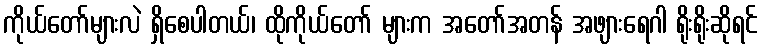
ကိုယ်တော်များလဲ ရှိစေပါတယ်၊ ထိုကိုယ်တော် များက အတော်အတန် အဖျားရေဂါ ရိုးရိုးဆိုရင်